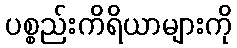
ပစ္စည်းကိရိယာများကို